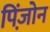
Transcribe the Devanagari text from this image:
पिंजो़न